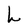
Character: h